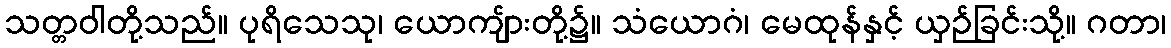
သတ္တဝါတို့သည်။ ပုရိသေသု၊ ယောကျ်ားတို့၌။ သံယောဂံ၊ မေထုန်နှင့် ယှဉ်ခြင်းသို့။ ဂတာ၊